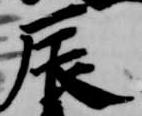
辰